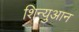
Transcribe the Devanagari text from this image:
शिन्युआन